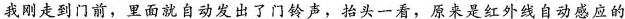
我刚走到门前，里面就自动发出了门铃声，抬头一看，原来是红外线自动感应的